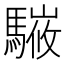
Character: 𩥘